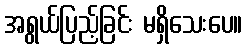
အရွယ်ပြည့်ခြင်း မရှိသေးပေ။